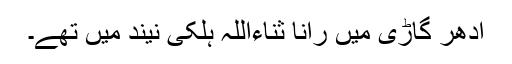
ادھر گاڑی میں رانا ثناءاللہ ہلکی نیند میں تھے۔